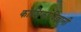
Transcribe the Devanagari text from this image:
कोशिकाविज्ञानी